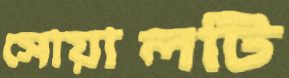
সোয়ালটি